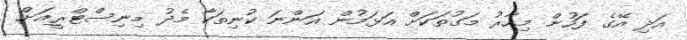
އަދި އޭގެ ފަހުން މިހާރު މަގުތަކަށް އަޅަމުން އަންނަ ކުނިތަކާ މެދު މިިނިސްޓްރީއަށް